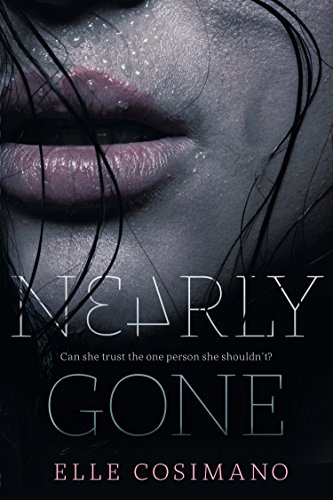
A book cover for Nearly Gone; Elle Cosimano; Teen & Young Adult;